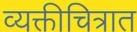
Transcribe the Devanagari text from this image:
व्यक्तीचित्रात